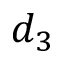
d _ { 3 }